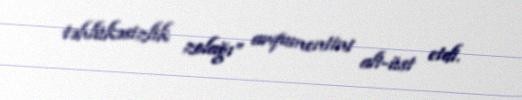
təhlükəsizlik zolağı” arqumentini alt-üst etdi.